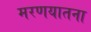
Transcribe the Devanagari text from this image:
मरणयातना